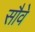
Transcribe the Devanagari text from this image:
सौवे